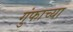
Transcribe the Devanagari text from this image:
गुंफाच्या